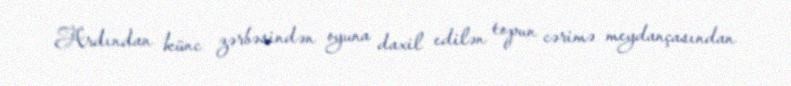
Ardından künc zərbəsindən oyuna daxil edilən topun cərimə meydançasından